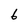
Character: 6